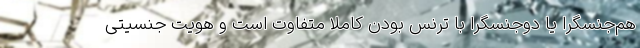
هم‌جنسگرا یا دوجنسگرا با ترنس بودن کاملا متفاوت است و هویت جنسیتی